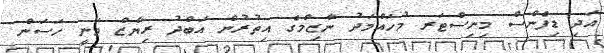
އަދި ޑިފެންސް މިނިސްޓަރ މުހައްމަދު ނާޒިމްގެ އިތުރުން އަބްދު ރިޔާޒް ވަނީ ހަސަން